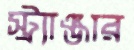
স্ট্র্যাঞ্জার